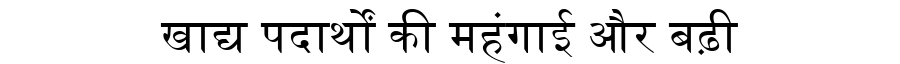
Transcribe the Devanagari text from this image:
खाद्य पदार्थों की महंगाई और बढ़ी